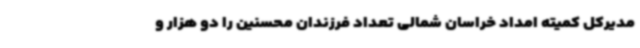
مدیرکل کمیته امداد خراسان شمالی تعداد فرزندان محسنین را دو هزار و